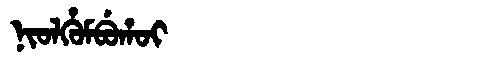
Manchu: ᠨᡳᠣᠯᡥᡠᠮᠪᡠᡥᠣᡳ
Romanization: NIOLHUMBUHOI